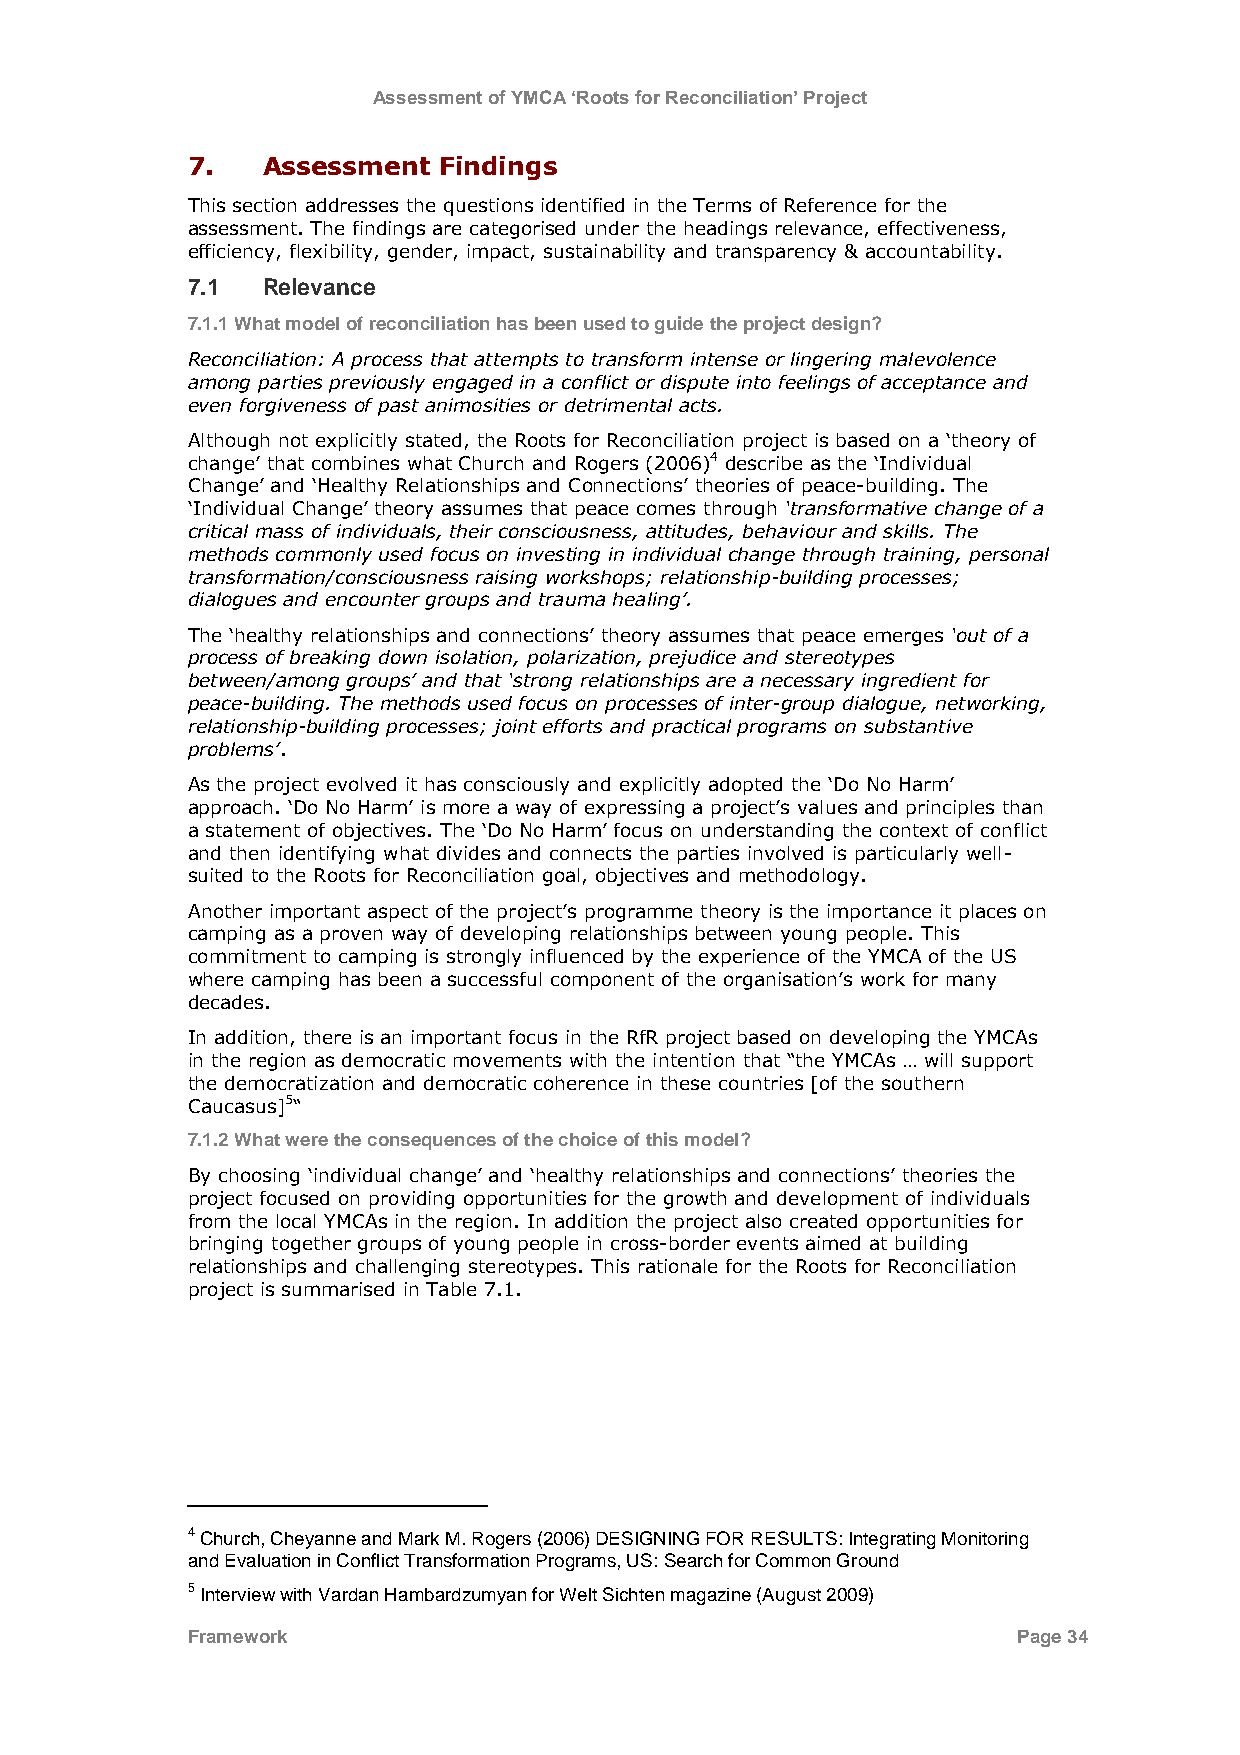
Assessment of YMCA ‘Roots for Reconciliation’ Project
 7.   Assessment  Findings
 This section addresses the questions identified in the Terms of Reference for the
 assessment. The findings are categorised under the headings relevance, effectiveness,
 efficiency, flexibility, gender, impact, sustainability and transparency & accountability.
 7.1  Relevance
 7.1.1 What model of reconciliation has been used to guide the project design?
 Reconciliation: A process that attempts to transform intense or lingering malevolence
 among parties previously engaged in a conflict or dispute into feelings of acceptance and
 even forgiveness of past animosities or detrimental acts.
 Although not explicitly stated, the Roots for Reconciliation project is based on a „theory of
 change‟ that combines what Church and Rogers (2006)4 describe as the „Individual
 Change‟ and „Healthy Relationships and Connections‟ theories of peace-building. The
 „Individual Change‟ theory assumes that peace comes through „transformative change of a
 critical mass of individuals, their consciousness, attitudes, behaviour and skills. The
 methods commonly used focus on investing in individual change through training, personal
 transformation/consciousness raising workshops; relationship-building processes;
 dialogues and encounter groups and trauma healing‟.
 The „healthy relationships and connections‟ theory assumes that peace emerges „out of a
 process of breaking down isolation, polarization, prejudice and stereotypes
 between/among groups‟ and that „strong relationships are a necessary ingredient for
 peace-building. The methods used focus on processes of inter-group dialogue, networking,
 relationship-building processes; joint efforts and practical programs on substantive
 problems‟.
 As the project evolved it has consciously and explicitly adopted the „Do No Harm‟
 approach. „Do No Harm‟ is more a way of expressing a project‟s values and principles than
 a statement of objectives. The „Do No Harm‟ focus on understanding the context of conflict
 and then identifying what divides and connects the parties involved is particularly well-
 suited to the Roots for Reconciliation goal, objectives and methodology.
 Another important aspect of the project‟s programme theory is the importance it places on
 camping as a proven way of developing relationships between young people. This
 commitment to camping is strongly influenced by the experience of the YMCA of the US
 where camping has been a successful component of the organisation‟s work for many
 decades.
 In addition, there is an important focus in the RfR project based on developing the YMCAs
 in the region as democratic movements with the intention that “the YMCAs … will support
 the democratization and democratic coherence in these countries [of the southern
 Caucasus]5“
 7.1.2 What were the consequences of the choice of this model?
 By choosing „individual change‟ and „healthy relationships and connections‟ theories the
 project focused on providing opportunities for the growth and development of individuals
 from the local YMCAs in the region. In addition the project also created opportunities for
 bringing together groups of young people in cross-border events aimed at building
 relationships and challenging stereotypes. This rationale for the Roots for Reconciliation
 project is summarised in Table 7.1.
 4 Church, Cheyanne and Mark M. Rogers (2006) DESIGNING FOR RESULTS: Integrating Monitoring
 and Evaluation in Conflict Transformation Programs, US: Search for Common Ground
 5 Interview with Vardan Hambardzumyan for Welt Sichten magazine (August 2009)
 Framework                                              Page 34